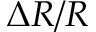
\Delta R / R